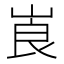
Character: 崀